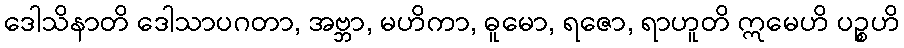
ဒေါသိနာတိ ဒေါသာပဂတာ, အဗ္ဘာ, မဟိကာ, ဓူမော, ရဇော, ရာဟူတိ ဣမေဟိ ပဉ္စဟိ